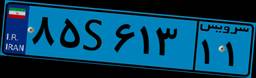
۷۶S۲۲۸۱۷